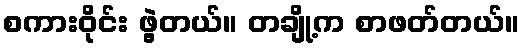
စကားဝိုင်း ဖွဲ့တယ်။ တချို့က စာဖတ်တယ်။